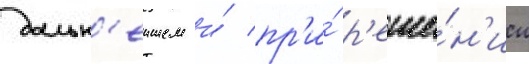
дальн'еишем и́ пр'и́ р'еше́н'ии